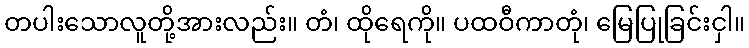
တပါးသောလူတို့အားလည်း။ တံ၊ ထိုရေကို။ ပထဝီကာတုံ၊ မြေပြုခြင်းငှါ။